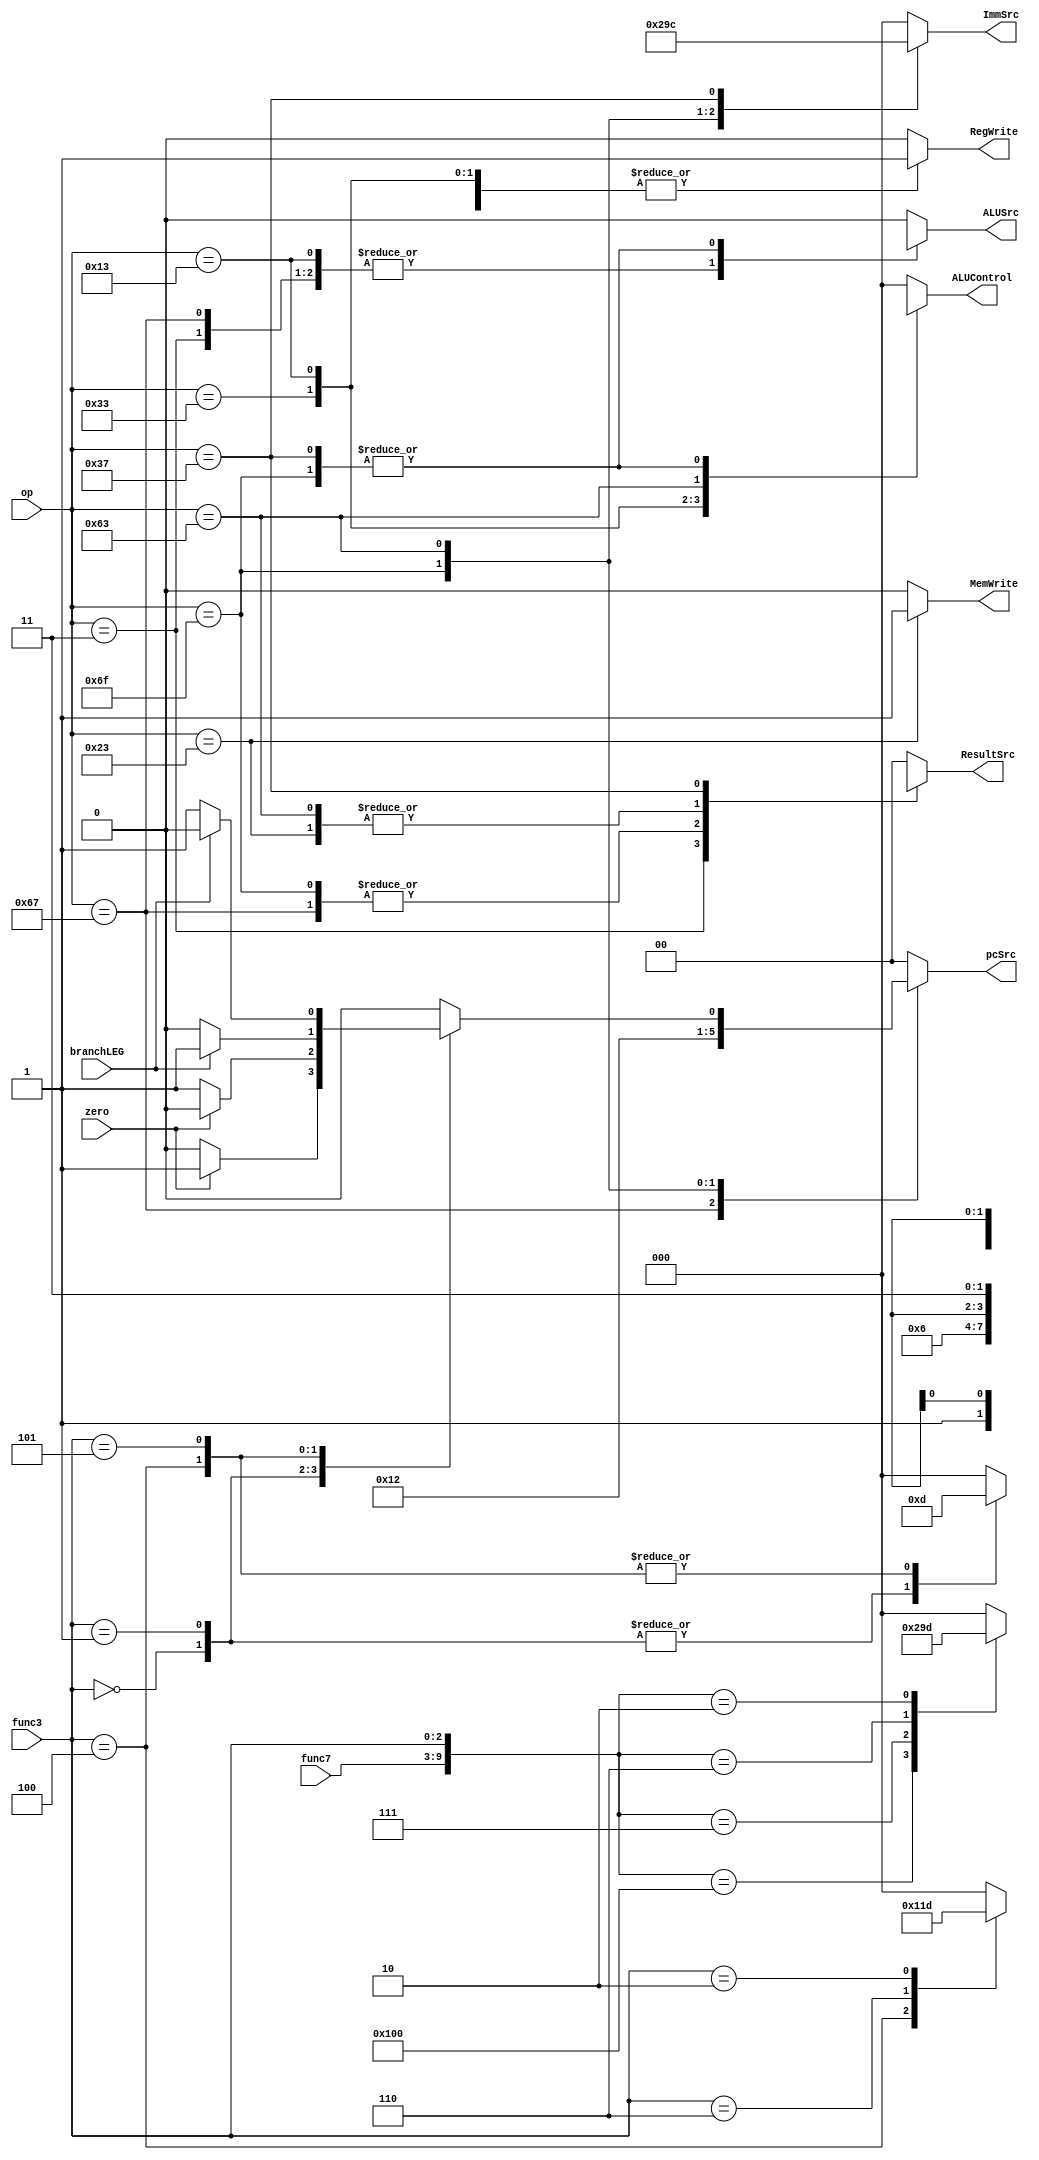
`define 	R_Type	7'b0110011
`define 	I_Type	7'b0010011
`define		Lw	7'b0000011
`define 	Jalr	7'b1100111
`define		S_Type	7'b0100011
`define		J_Type	7'b1101111
`define 	B_Type	7'b1100011
`define		U_Type	7'b0110111


`define		Add	10'b0000_0000_00
`define 	Sub	10'b0100_0000_00
`define		And	10'b0000_0001_11
`define 	Or	10'b0000_0001_10
`define		Slt	10'b0000_0000_10


`define		lw	3'b010
`define 	addi	3'b000
`define		xori	3'b100
`define 	ori	3'b110
`define		slti	3'b010
`define		jalr	3'b000


`define		beq	3'b000
`define 	bne	3'b001
`define		blt	3'b100
`define 	bge	3'b101



module Controller(input zero,branchLEG,input[2:0] func3,input[6:0] func7,op,output reg MemWrite,ALUSrc,RegWrite,output reg [1:0] pcSrc,ResultSrc,output reg [2:0] ALUControl,ImmSrc);
	wire[9:0] func;
	assign func={func7,func3};
	always@(func3,func7,op) begin
		{MemWrite,ALUSrc,RegWrite,pcSrc,ResultSrc,ALUControl,ImmSrc}=13'b0000_0000_0000_0;
		case(op)
			`R_Type:begin
				RegWrite=1'b1;
				case(func)
					`Add:;
					`Sub:ALUControl=3'b001;
					`And:ALUControl=3'b010;
					`Or :ALUControl=3'b011;
					`Slt:ALUControl=3'b101;
				endcase
				end
			`Lw:begin	
					ALUSrc = 1'b1;
					ResultSrc=1'b1;
					RegWrite=1'b1;
			end
			`I_Type:begin
				ALUSrc=1'b1;
				case(func3)					
					`addi:;
					`xori:ALUControl=3'b100;
					`ori :ALUControl=3'b011;
					`slti:ALUControl=3'b101;
				endcase
				RegWrite=1'b1;
				end
			`Jalr:begin 
				pcSrc=2'b10;
				ALUSrc=1'b1;
				ResultSrc=2'b10;
				RegWrite=1'b1;

			end
			`S_Type:begin
					ResultSrc=2'bxx;
					ImmSrc=3'b001;
					ALUSrc=1'b1;
					MemWrite=1'b1;
				end
			`J_Type:begin
					pcSrc=2'b01;
					ResultSrc=2'b10;
					ALUControl=3'bxxx;
					ALUSrc=1'bx;
					ImmSrc=3'b010;
					RegWrite=1'b1;
				end
			`B_Type:begin 
					ResultSrc=2'bxx;
					ImmSrc=3'b011;
				case(func3)
					`beq:begin
						ALUControl=3'b001;
						pcSrc= zero ? 01 : 00;
					end
					`bne:begin
						ALUControl=3'b001;
						pcSrc= zero ? 00 : 01;
					end
					`blt:begin
						ALUControl=3'b101;
						pcSrc= branchLEG ? 01 : 00;
					end
					`bge:begin
						ALUControl=3'b101;
						pcSrc= branchLEG ? 00 : 01;
					end
				endcase
				end
			`U_Type:begin
					ResultSrc=2'b11;
					ALUControl=3'bxxx;
					ALUSrc=1'bx;
					ImmSrc=3'b100;
					RegWrite=1'b1;
				end
			default:;
		endcase
	end
endmodule